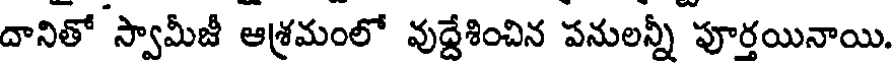
దానితో స్వామీజీ ఆశ్రమంలో వుద్దేశించిన పనులన్నీ పూర్తయినాయి.